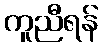
ကူညီရန်